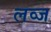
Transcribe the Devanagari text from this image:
लव्ज